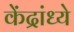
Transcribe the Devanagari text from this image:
केंद्रांध्ये